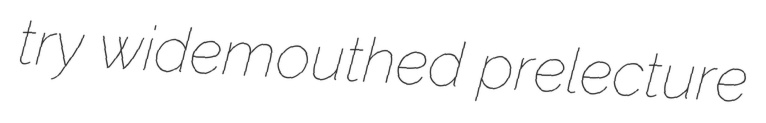
try widemouthed prelecture